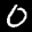
Label: 0